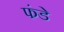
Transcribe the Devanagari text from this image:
फंडे